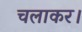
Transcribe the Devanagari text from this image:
चलाकर।